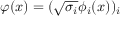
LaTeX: \varphi ( x ) = ( { \sqrt { \sigma _ { i } } } \phi _ { i } ( x ) ) _ { i }